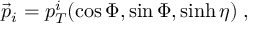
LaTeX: \vec { p } _ { i } = p _ { T } ^ { i } ( \cos \Phi , \sin \Phi , \sinh \eta ) \; ,